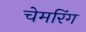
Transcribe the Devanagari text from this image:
चेमरिंग